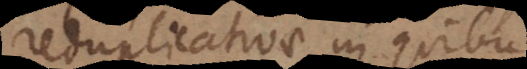
reduplicativae in quibus